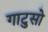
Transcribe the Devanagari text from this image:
गाटुसो